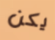
يكن